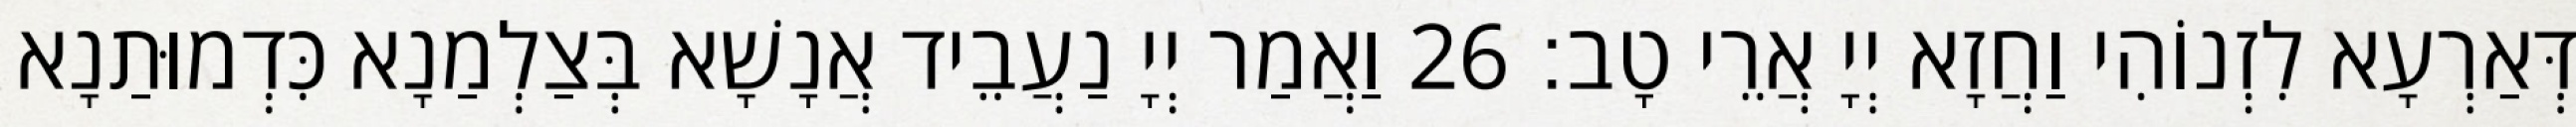
דְּאַרְעָא לִזְנוֹהִי וַחֲזָא יְיָ אֲרֵי טָב׃ 26 וַאֲמַר יְיָ נַעֲבֵיד אֲנָשָׁא בְּצַלְמַנָא כִּדְמוּתַנָא